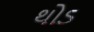
થોડ